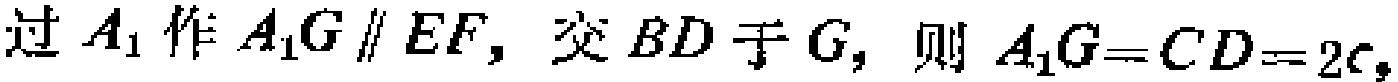
过 \(A_{1}\) 作 \(A_{1}G \parallel EF\)，交 \(BD\) 于 \(G\)，则 \(A_{1}G = CD = 2c\)